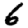
Digit: 6